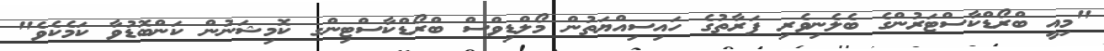
"މިއީ ބްރޯޑްކާސްޓަރުންގެ ބެލެނިވެރި ފަރާތުގެ ހައިސިއްޔަތުން މޯލްޑިވްސް ބްރޯޑްކާސްޓިންގ ކޮމިޝަނުން ކަންބޮޑުވާ ކަމެކެވެ"